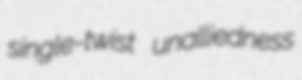
single-twist unalliedness